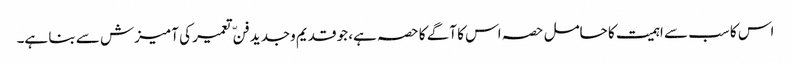
اس کا سب سے اہمیت کا حامل حصہ اس کا آگے کا حصہ ہے، جو قدیم وجدید فنّ تعمیر کی آمیزش سے بنا ہے۔